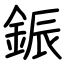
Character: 鋠